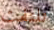
تلتفت